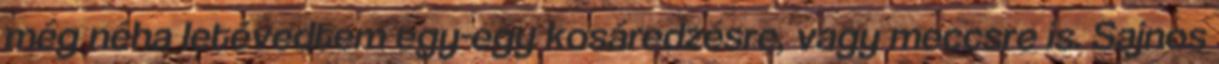
még néha letévedtem egy-egy kosáredzésre, vagy meccsre is. Sajnos